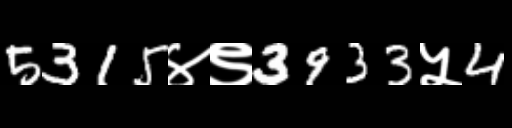
Text: 5315४९3933५4